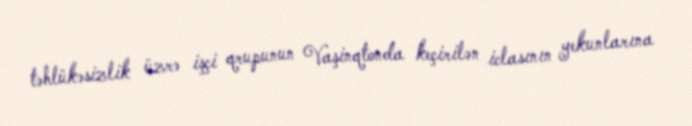
təhlükəsizlik üzrə işçi qrupunun Vaşinqtonda keçirilən iclasının yekunlarına